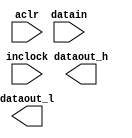
// megafunction wizard: %ALTDDIO_IN%VBB%
// GENERATION: STANDARD
// VERSION: WM1.0
// MODULE: ALTDDIO_IN 

// ============================================================
// Megafunction Name(s):
// 			ALTDDIO_IN
//
// Simulation Library Files(s):
// 			altera_mf
// ============================================================
// ************************************************************
// THIS IS A WIZARD-GENERATED FILE. DO NOT EDIT THIS FILE!
//
// 15.0.0 Build 145 04/22/2015 SJ Web Edition
// ************************************************************

//Copyright (C) 1991-2015 Altera Corporation. All rights reserved.
//Your use of Altera Corporation's design tools, logic functions 
//and other software and tools, and its AMPP partner logic 
//functions, and any output files from any of the foregoing 
//(including device programming or simulation files), and any 
//associated documentation or information are expressly subject 
//to the terms and conditions of the Altera Program License 
//Subscription Agreement, the Altera Quartus II License Agreement,
//the Altera MegaCore Function License Agreement, or other 
//applicable license agreement, including, without limitation, 
//that your use is for the sole purpose of programming logic 
//devices manufactured by Altera and sold by Altera or its 
//authorized distributors.  Please refer to the applicable 
//agreement for further details.

module altddio_in_1 (
	aclr,
	datain,
	inclock,
	dataout_h,
	dataout_l);

	input	  aclr;
	input	[0:0]  datain;
	input	  inclock;
	output	[0:0]  dataout_h;
	output	[0:0]  dataout_l;

endmodule

// ============================================================
// CNX file retrieval info
// ============================================================
// Retrieval info: LIBRARY: altera_mf altera_mf.altera_mf_components.all
// Retrieval info: PRIVATE: INTENDED_DEVICE_FAMILY STRING "Cyclone V"
// Retrieval info: CONSTANT: INTENDED_DEVICE_FAMILY STRING "Cyclone V"
// Retrieval info: CONSTANT: INVERT_INPUT_CLOCKS STRING "OFF"
// Retrieval info: CONSTANT: LPM_HINT STRING "UNUSED"
// Retrieval info: CONSTANT: LPM_TYPE STRING "altddio_in"
// Retrieval info: CONSTANT: POWER_UP_HIGH STRING "OFF"
// Retrieval info: CONSTANT: WIDTH NUMERIC "1"
// Retrieval info: USED_PORT: aclr 0 0 0 0 INPUT NODEFVAL "aclr"
// Retrieval info: CONNECT: @aclr 0 0 0 0 aclr 0 0 0 0
// Retrieval info: USED_PORT: datain 0 0 1 0 INPUT NODEFVAL "datain[0..0]"
// Retrieval info: CONNECT: @datain 0 0 1 0 datain 0 0 1 0
// Retrieval info: USED_PORT: dataout_h 0 0 1 0 OUTPUT NODEFVAL "dataout_h[0..0]"
// Retrieval info: CONNECT: dataout_h 0 0 1 0 @dataout_h 0 0 1 0
// Retrieval info: USED_PORT: dataout_l 0 0 1 0 OUTPUT NODEFVAL "dataout_l[0..0]"
// Retrieval info: CONNECT: dataout_l 0 0 1 0 @dataout_l 0 0 1 0
// Retrieval info: USED_PORT: inclock 0 0 0 0 INPUT_CLK_EXT NODEFVAL "inclock"
// Retrieval info: CONNECT: @inclock 0 0 0 0 inclock 0 0 0 0
// Retrieval info: GEN_FILE: TYPE_NORMAL altddio_in_1.v TRUE FALSE
// Retrieval info: GEN_FILE: TYPE_NORMAL altddio_in_1.qip TRUE FALSE
// Retrieval info: GEN_FILE: TYPE_NORMAL altddio_in_1.bsf TRUE TRUE
// Retrieval info: GEN_FILE: TYPE_NORMAL altddio_in_1_inst.v TRUE TRUE
// Retrieval info: GEN_FILE: TYPE_NORMAL altddio_in_1_bb.v TRUE TRUE
// Retrieval info: GEN_FILE: TYPE_NORMAL altddio_in_1.inc TRUE TRUE
// Retrieval info: GEN_FILE: TYPE_NORMAL altddio_in_1.cmp TRUE TRUE
// Retrieval info: GEN_FILE: TYPE_NORMAL altddio_in_1.ppf TRUE FALSE
// Retrieval info: LIB_FILE: altera_mf